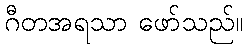
ဂီတအရသာ ဖော်သည်။